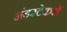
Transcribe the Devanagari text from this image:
अंडरटेकरों